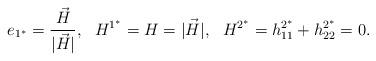
LaTeX: \begin{align*}e_{1^{*}}=\frac{{\vec H}}{|{\vec H}|}, \ \ H^{1^{*}}=H=|{\vec H}|,\ \ H^{2^{*}}=h_{11}^{2^{*}}+h_{22}^{2^{*}}=0.\end{align*}